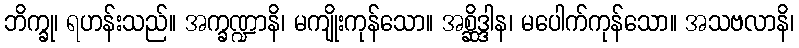
ဘိက္ခု၊ ရဟန်းသည်။ အက္ခဏ္ဍာနိ၊ မကျိုးကုန်သော။ အစ္ဆိဒ္ဒါန၊ မပေါက်ကုန်သော။ အသဗလာနိ၊